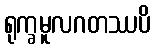
ရုက္ခမူလဂတဿပိ